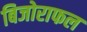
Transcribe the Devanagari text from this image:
बिजोराफल